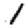
Digit: 1